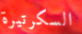
السكرتيرة